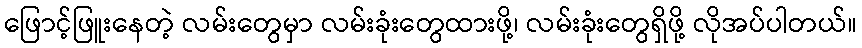
ဖြောင့်ဖြူးနေတဲ့ လမ်းတွေမှာ လမ်းခုံးတွေထားဖို့၊ လမ်းခုံးတွေရှိဖို့ လိုအပ်ပါတယ်။